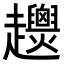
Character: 𧾴